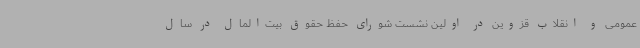
عمومی و انقلاب قزوین در اولین نشست شورای حفظ حقوق بیت‌المال در سال